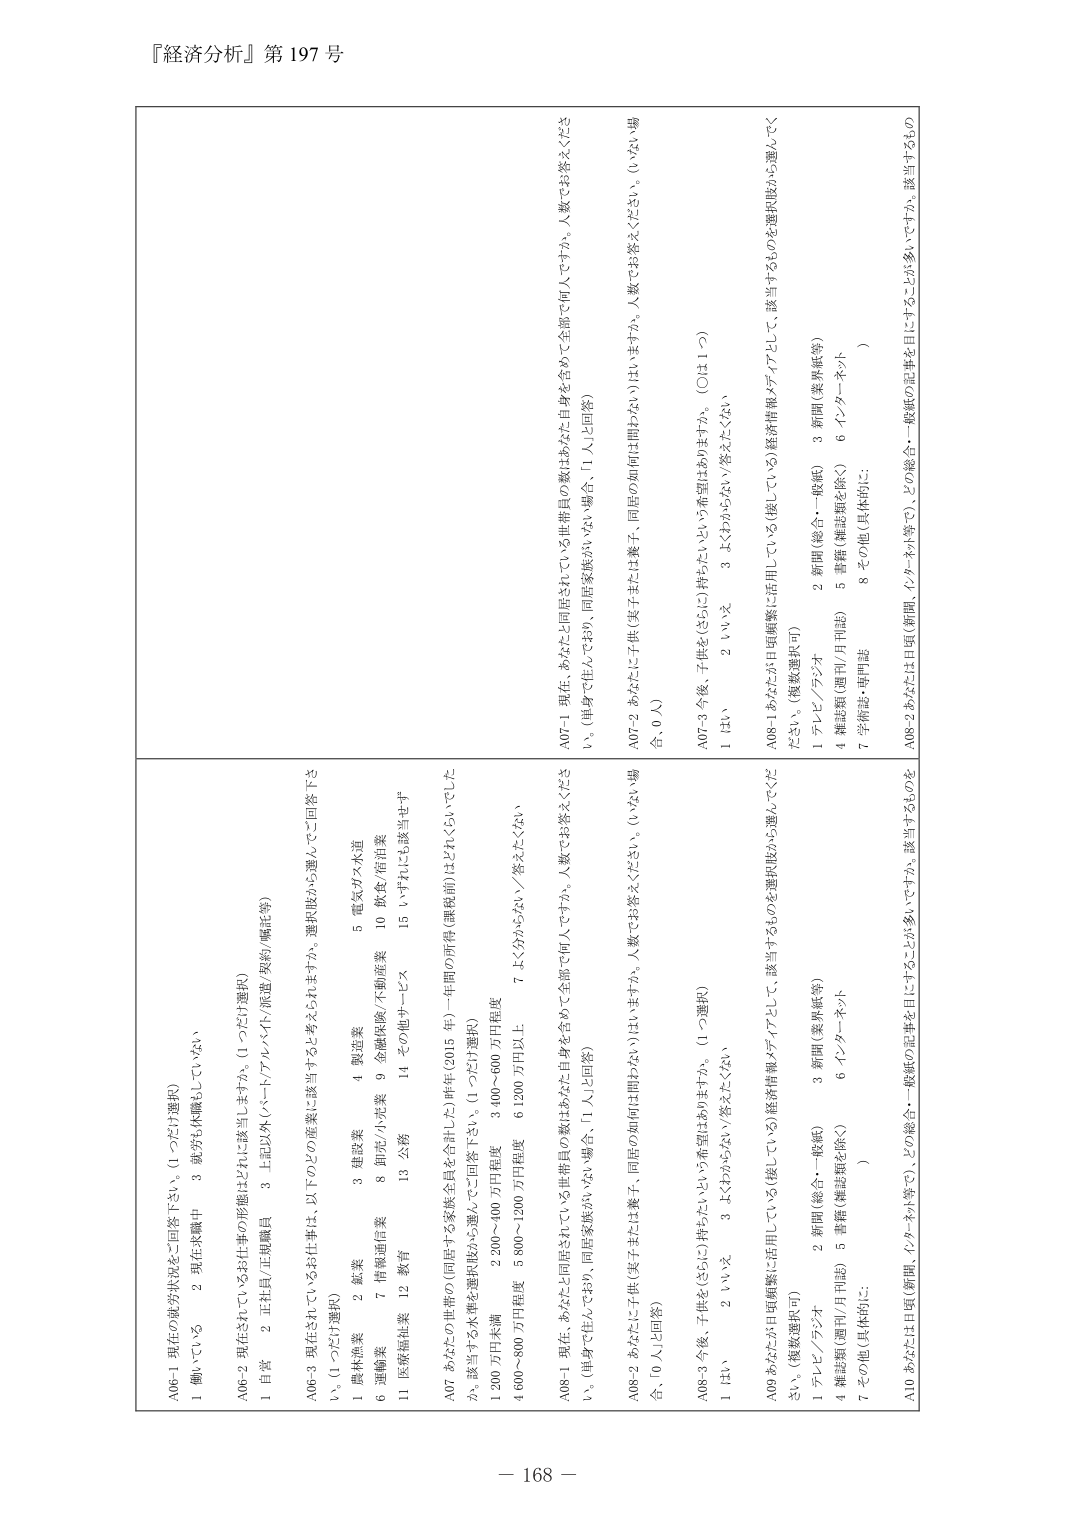
『経済分析』第 197 号

A06-1 現在の就労状況をご回答下さい。（1 つだけ選択）
1 働いている 2 現在は職中 3 就労も休職もしていない

A06-2 現在されているお仕事の形態はどれに該当しますか。（1 つだけ選択）
1 自営 2 正社員/正職員 3 起業（パート/アルバイト/派遣/契約/嘱託等）

A06-3 現在されているお仕事は、以下のどの産業に該当すると考えられますか。選択肢から選んでご回答下さい。（1 つだけ選択）
1 農林漁業 2 鉱業 3 建設業 4 製造業 5 電気ガス水道
6 運輸業 7 情報通信業 8 卸売/小売業 9 金融保険/不動産業 10 飲食/宿泊業
11 医療福祉業 12 教育 13 公務 14 その他サービス 15 いずれにも該当せず

A07 あなたの世帯の（同居する家族全員を含むた）昨年（2015 年）一年間の所得（課税前）はどれくらいでしたか。該当するものを選択肢から選んでご回答下さい。（1 つだけ選択）
1 200 万円未満 2 200～400 万円程度 3 400～600 万円程度
4 600～800 万円程度 5 800～1200 万円程度 6 1200 万円以上
7 よく分からない／答えたくない

A08-1 現在、あなたと同居されている世帯員の数はあなた自身を含めて全部で何人ですか。人数でお答えください。（単身で住んでおらず、同居家族がいない場合、「1 人」と回答）
A07-1 現在、あなたと同居されている世帯員の数はあなた自身を含めて全部で何人ですか。人数でお答えください。（単身で住んでおらず、同居家族がいない場合、「1 人」と回答）

A08-2 あなたは、子供（実子または養子、同居の如何は問わない）はいますか。人数でお答えください。（いない場合、「0 人」と回答）
A07-2 あなたは、子供（実子または養子、同居の如何は問わない）はいますか。人数でお答えください。（いない場合、「0 人」）

A08-3 今後、子供を（さらに）持ちたいという希望はありますか。（1 つ選択）
1 はい 2 いいえ 3 よくわからない／答えたくない
A07-3 今後、子供を（さらに）持ちたいという希望はありますか。（○は 1 つ）
1 はい 2 いいえ 3 よくわからない／答えたくない

A09 あなたが日頃頻繁に活用している（使っている）経済情報メディアとして、該当するものを選択肢から選んでください。（複数選択可）
1 テレビ／ラジオ 2 新聞（総合・一般紙） 3 新聞（業界紙等）
4 雑誌類（週刊/月刊誌） 5 書籍（雑誌類を除く） 6 インターネット
7 学術誌・専門誌 8 その他（具体的に： ）

A08-1 あなたが日頃頻繁に活用している（使っている）経済情報メディアとして、該当するものを選択肢から選んでください。（複数選択可）
1 テレビ／ラジオ 2 新聞（総合・一般紙） 3 新聞（業界紙等）
4 雑誌類（週刊/月刊誌） 5 書籍（雑誌類を除く） 6 インターネット
7 学術誌・専門誌 8 その他（具体的に： ）

A10 あなたは日頃（新聞、インターネット等で）、どの媒体・一般紙の記事を目にすることが多いですか。該当するものを

－ 168 －